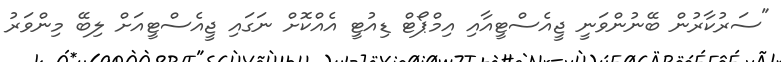
"ސަރުކާރުން ބޭނުންވަނީ ޖީއެސްޓީއާއި އިމްޕޯޓް ޑިއުޓީ އެއްކޮށް ނަގައި ޖީއެސްޓީއަށް ލިބޭ މިންވަރު